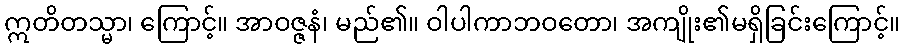
ဣတိတသ္မာ၊ ကြောင့်။ အာဝဇ္ဇနံ၊ မည်၏။ ဝါပါကာဘဝတော၊ အကျိုး၏မရှိခြင်းကြောင့်။